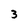
Character: 3